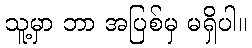
သူ့မှာ ဘာ အပြစ်မှ မရှိပါ။